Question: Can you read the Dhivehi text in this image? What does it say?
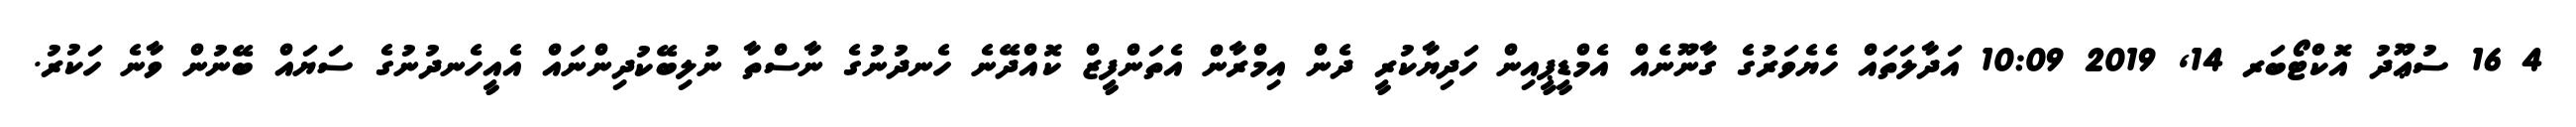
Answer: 4 16 ސުޢޫދު އޮކްޓޯބަރ 14, 2019 10:09 އަދާލަތައް ހެޔެވަރުގެ ގާނޫނެއް އެމްޑީޕީއިން ހަދިޔާކުރީ ދެން އިމްރާން އެތަންފީޒް ކޮއްދޭނެ ހެނދުނުގެ ނާސްތާ ނުލިބޭކުދިންނައް އެއީހެނދުނުގެ ސަޔައް ބޭނުން ވާނެ ހަކުރު.